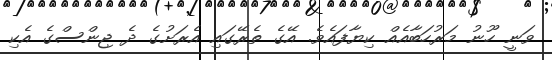
ވަނީ ހޫނު މަރުހަބާއެއް ކިޔާފައެވެ. އޭގެ ތެރޭގައި އެރަށުގެ ދެ ޖިންސްގެ އެކި